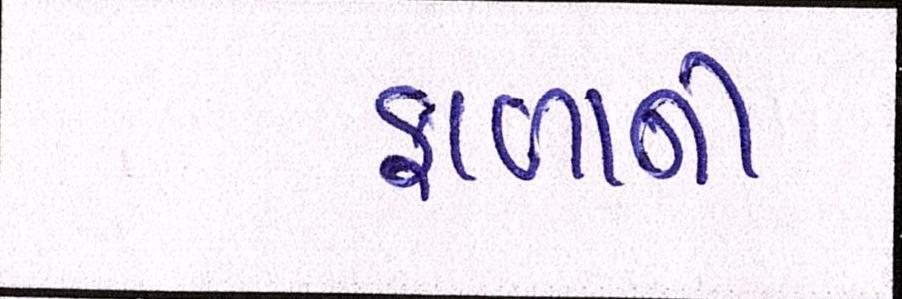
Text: ફાળાની